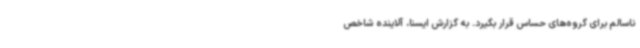
ناسالم برای گروه‌های حساس قرار بگیرد. به گزارش ایسنا، آلاینده شاخص